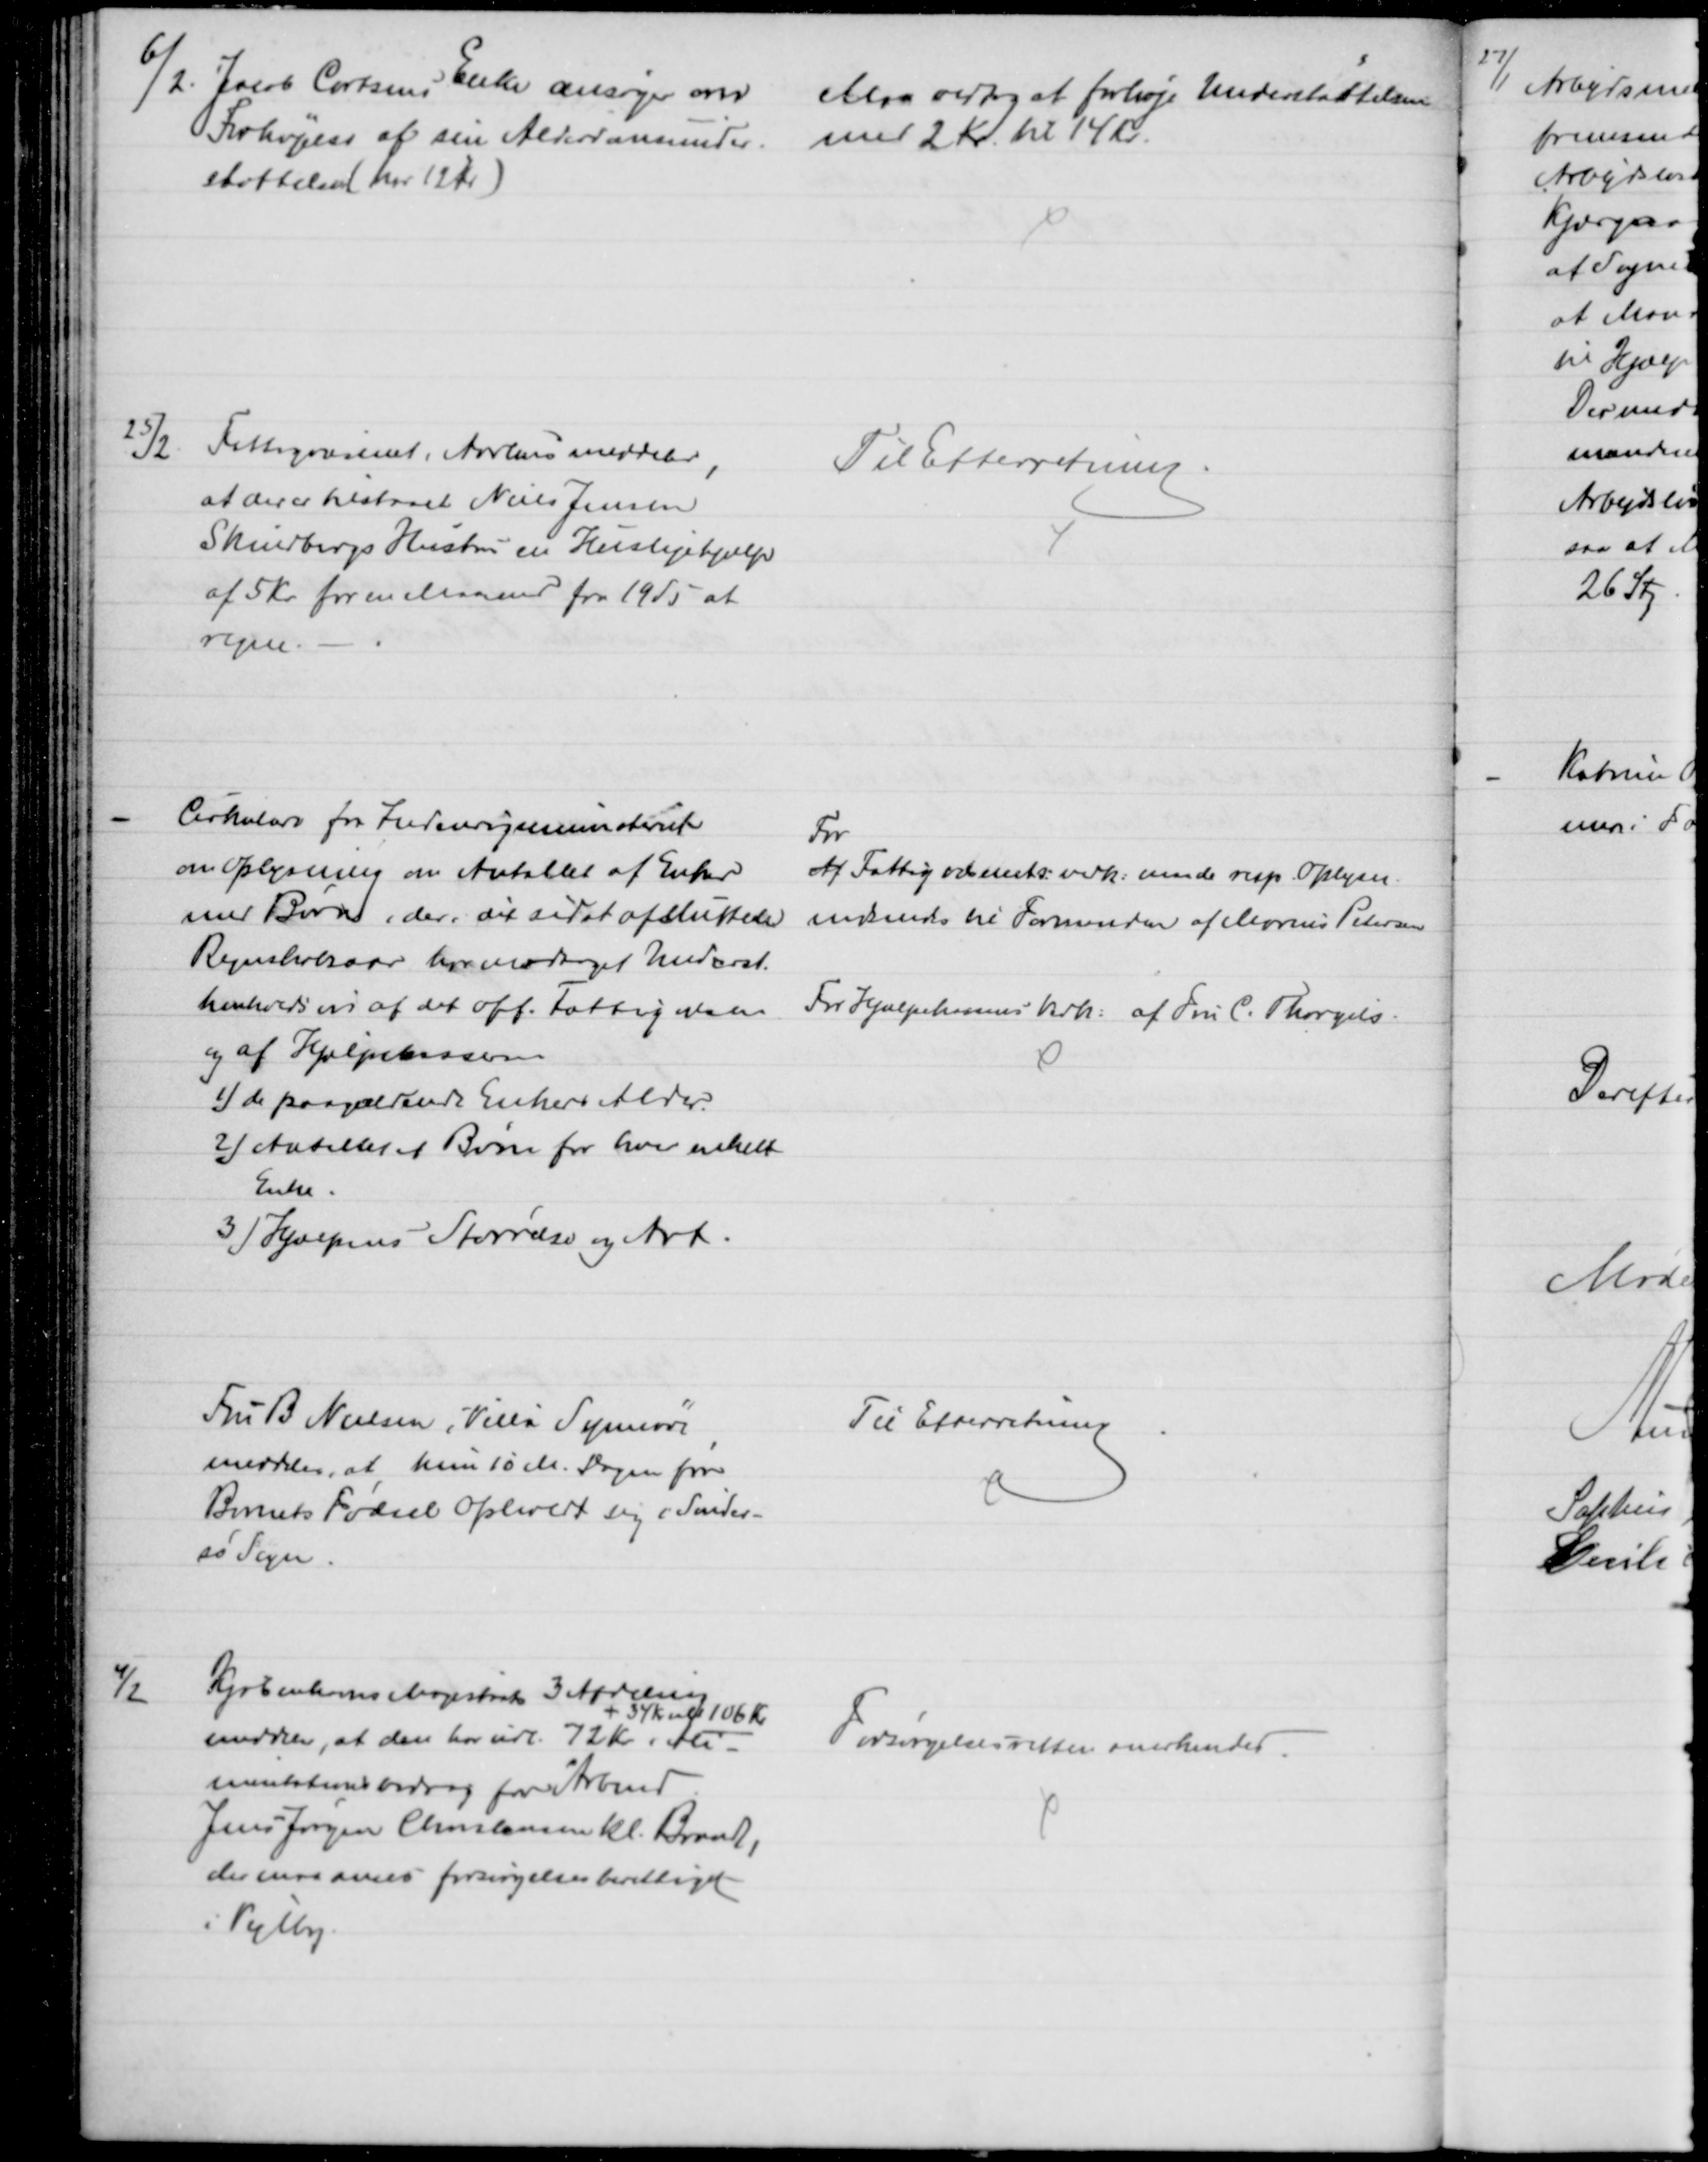
Transskription:
6/2.
Jacob Cortsens Enke ansøger om 
Forhøjelse af sin Alderdomsunder-
støttelsen (har 12 Kr)
Man vedtog at forhøje Understøttelsen
med 2 Kr. til 14 Kr.
25/2
Fattigvæsenet i Aarhus meddeler,
at der er tilstaaet Niels Jensen
Skindbergs Hustru en Huslejehjælp
af 5 Kr for en Maaned fra 1910 at
regne.
Til Efterretning
Cirkulære fra Indenrigsministeret
om Oplysning om Antallet af Enker
med Børn, der i det sidst afsluttede
Regnskabsaar har modtaget Underst.
henholdsvis af det off. Fattigvæsen
og af Hjælpekassen
1) de paagældende Enkers Alder
2) Antallet af Børn for hver enkelt
Enke.
3) Hjælpens Størrelse og Art.
For
Af Fattigvæsenets vedk. maa de resp. Oplysn.
indsendes til Formanden af Marius Petersen
For Hjælpekassens Vedk. af Fru C. Thorgils.
Fru B Nielsen, "Villa Synnøve"
meddeler, at hun 10 M. Dagen før
Barnets Fødsel opholdt sig i Sønder-
sø Sogn.
Til Efterretning
4/2
Kjøbenhavns Magistrat 3 Afdeling
meddeler, at den har udl. 72 Kr 
+ 34 Kr ialt 106 Kr 
i Ali-
mentationsbidrag for Arbmd.
Jens Jørgen Christensen kl. Brandt,
der maa anses forsørgelsesberettiget
i Vejlby.
Forsørgelsesretten anerkendes.